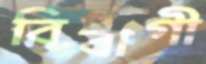
বিবাগী